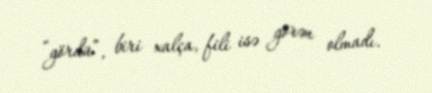
“gördü”, biri xalça, fili isə görən olmadı.